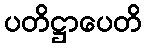
ပတိဋ္ဌာပေတိ